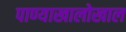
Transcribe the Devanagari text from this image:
पाण्याखालोखाल